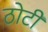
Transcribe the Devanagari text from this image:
ठोटी